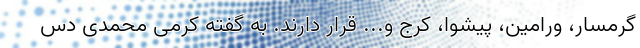
گرمسار، ورامین، پیشوا، کرج و... قرار دارند. به گفته کرمی محمدی دس